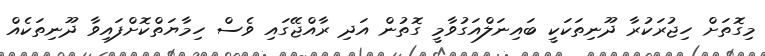
މިގޮތަށް ހިޖުރަކުރާ ދޫނިތަކަކީ ބައިނަލްއަގުވާމީ ގޮތުން އަދި ރާއްޖޭގައި ވެސް ހިމާޔަތްކޮށްފައިވާ ދޫނިތަކެއް